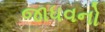
જાધવનો